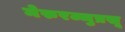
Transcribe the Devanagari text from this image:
मेरुरज्जुप्रसू